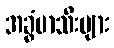
အခွံမာသီးများ